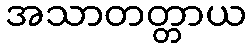
အသာတတ္တာယ